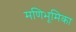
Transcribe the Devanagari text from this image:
मणिभूमिका